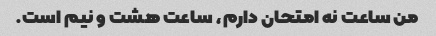
من ساعت نه امتحان دارم، ساعت هشت و نیم است.